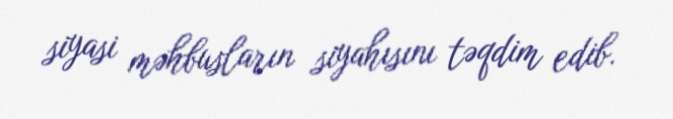
siyasi məhbusların siyahısını təqdim edib.